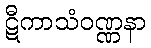
ဋီကာသံဝဏ္ဏနာ